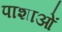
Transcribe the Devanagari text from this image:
पाशाओं